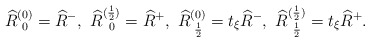
\begin{align*} \widehat{R}^{(0)}_{\;\,0} = \widehat{R}^{-},\,\, \widehat{R}^{(\frac{1}{2})}_{\;\;0}= \widehat{R}^{+},\,\, \widehat{R}^{(0)}_{\,\,\frac{1}{2}}= t_{\xi} \widehat{R}^{-},\,\, \widehat{R}^{(\frac{1}{2})}_{\;\,\frac{1}{2}}=t_{\xi} \widehat{R}^{+}.\end{align*}